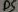
Text: D5